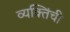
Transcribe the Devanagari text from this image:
व्यक्तिंची